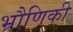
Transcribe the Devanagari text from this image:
भ्रौणिकी